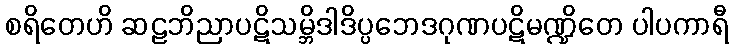
စရိတေဟိ ဆဠဘိညာပဋိသမ္ဘိဒါဒိပ္ပဘေဒဂုဏပဋိမဏ္ဍိတေ ပါပကာရီ